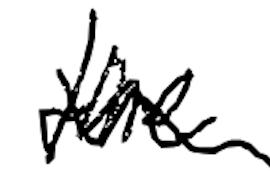
Text: the
Cross-out: wave
Writing tool: digital_black